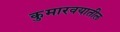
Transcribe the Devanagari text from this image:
कुमारवयातील